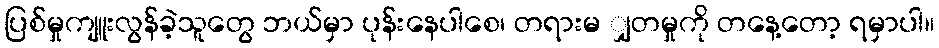
ပြစ်မှုကျူးလွန်ခဲ့သူတွေ ဘယ်မှာ ပုန်းနေပါစေ၊ တရားမ ျှတမှုကို တနေ့တော့ ရမှာပါ။